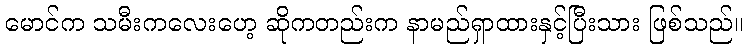
မောင်က သမီးကလေးဟေ့ ဆိုကတည်းက နာမည်ရှာထားနှင့်ပြီးသား ဖြစ်သည်။